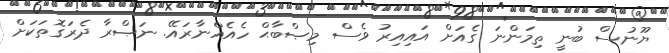
ޔޫނުސް ބުނީ ތިމަންނަ ގެއަށް އައިއިރު ވެސް މިޞްބާޙް ހެއެއްނާރައޭ. ނަޞްރާ ދެރަގޮތަކަށް